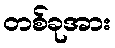
တစ်ခုအား